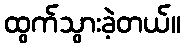
ထွက်သွားခဲ့တယ်။